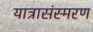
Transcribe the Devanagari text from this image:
यात्रासंस्मरण